Malaria in India - Number 2
Disease focus: Malaria
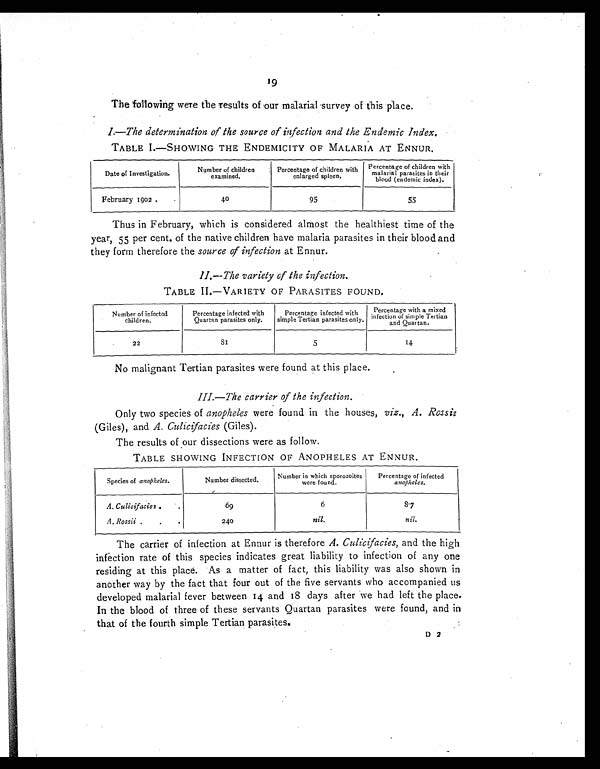
is
A
19
The following were the results of our malarial survey of this place.
I.—The determination of the source of infection and the Endemic Index.
TABLE I.—SHOWING THE ENDEMICITY OF MALARIA AT ENNUR.
Date of Investigation.
Number of children
examined,
Percentage of children with
enlarged spleen.
Percentage of children with
malarial parasites in their
blood (endemic index).
February 1902.
40
95
55
Thus in February, which is considered almost the healthiest time of the
year, 55 per cent. of the native children have malaria parasites in their blood and
they form therefore the source of infection at Ennur.
II.
—
The variety of the infection.
TABLE II.—VARIETY OF PARASITES FOUND.
Number of infected
children.
Percentage infected with
Quartan parasites only.
Percentage infected with
simple Tertian parasites only.
Percentae with a mixed
infection of simple Tertian
and Quartan.
22
8 1
5
14
No malignant Tertian parasites were found at this place.
I I I . — T h e c a r r i e r o f t h e i n f e c t i o n .
Only two species of anopheles were found in the houses, viz., A. Rossii
(Giles), and A. Culicifacies (Giles).
The results of our dissections were as follow.
TABLE SHOWING INFECTION OF ANOPHELES AT ENNUR.
Species of anopheles.
Number dissected.
Number in which sporozoites
were found.
Percentage of infected
anopheles.
A. Culicifacies .
69
6
87
A. Rossii
240
n i l .
nil.
The carrier of infection at Ennur is therefore A. Culicifacies, and the high
infection rate of this species indicates great liability to infection of any one
residing at this place. As a matter of fact, this liability was also shown in
another way by the fact that four out of the five servants who accompanied us
developed malarial fever between 14 and 18 days after we had left the place.
In the blood of three of these servants Quartan parasites were found, and in
that of the fourth simple Tertian parasites.
D2